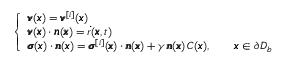
\left\{ \begin{array} { l l } { { \pmb v } ( { \pmb x } ) = { \pmb v } ^ { [ i ] } ( { \pmb x } ) } \\ { { \pmb v } ( { \pmb x } ) \cdot { \pmb n } ( { \pmb x } ) = \dot { r } ( { \pmb x } , t ) } \\ { { \pmb \sigma } ( { \pmb x } ) \cdot { \pmb n } ( { \pmb x } ) = { \pmb \sigma } ^ { [ i ] } ( { \pmb x } ) \cdot { \pmb n } ( { \pmb x } ) + \gamma \, { \pmb n } ( { \pmb x } ) \, C ( { \pmb x } ) , \qquad { \pmb x } \in \partial D _ { b } } \end{array} \right.